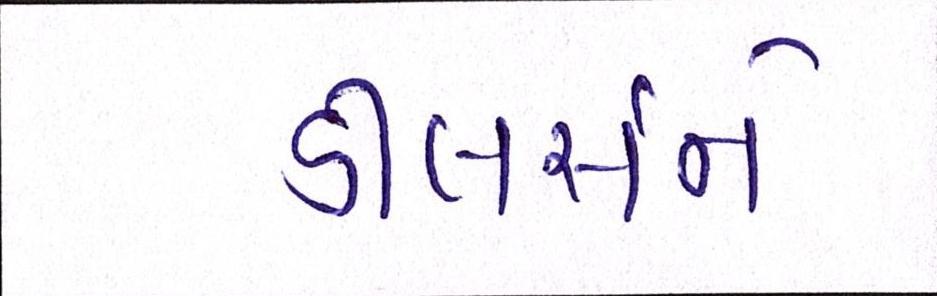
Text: ડીલર્સને